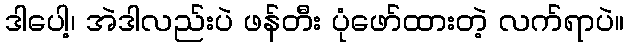
ဒါပေါ့၊ အဲဒါလည်းပဲ ဖန်တီး ပုံဖော်ထားတဲ့ လက်ရာပဲ။